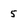
Character: 5